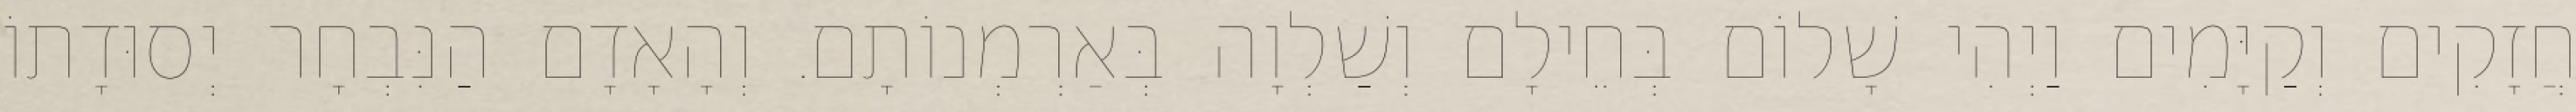
חֲזָקִים וְקַיָּמִים וַיְהִי שָׁלוֹם בְּחֵילָם וְשַׁלְוָה בְּאַרְמְנוֹתָם. וְהָאָדָם הַנִּבְחָר יְסוּדָתוֹ